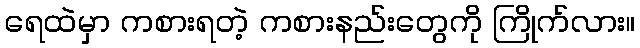
ရေထဲမှာ ကစားရတဲ့ ကစားနည်းတွေကို ကြိုက်လား။